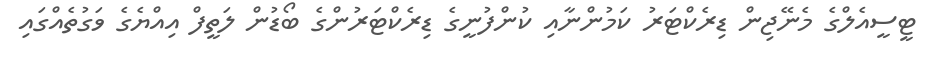
ޓީސީއެލްގެ މެނޭޖިން ޑިރެކްޓަރު ކަމުންނާއި ކުންފުނީގެ ޑިރެކްޓަރުންގެ ބޯޑުން ލަތީފް އިއްޔެގެ ވަގުތެއްގައި